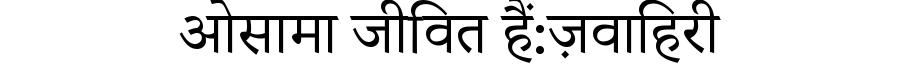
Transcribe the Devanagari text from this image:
ओसामा जीवित हैं:ज़वाहिरी